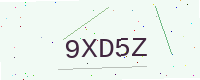
Text: 9XD5Z